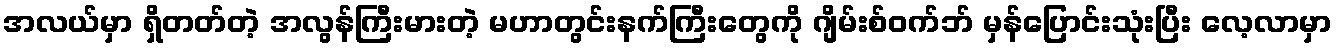
အလယ်မှာ ရှိတတ်တဲ့ အလွန်ကြီးမားတဲ့ မဟာတွင်းနက်ကြီးတွေကို ဂျိမ်းစ်ဝက်ဘ် မှန်ပြောင်းသုံးပြီး လေ့လာမှာ